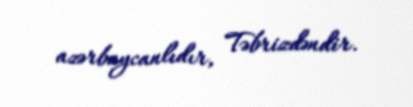
azərbaycanlıdır, Təbrizdəndir.